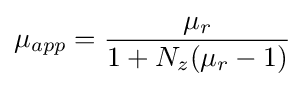
\mu _{app}={\frac {\mu _{r}}{1+N_{z}(\mu _{r}-1)}}